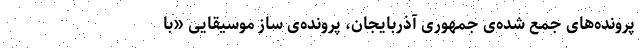
پرونده‌های جمع شده‌ی جمهوری آذربایجان، پرونده‌ی ساز موسیقاییِ «با